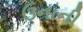
ઉનાની